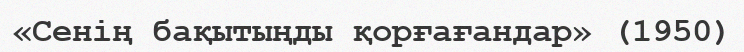
«Сенің бақытыңды қорғағандар» (1950)